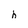
Character: h